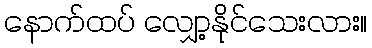
နောက်ထပ် လျှော့နိုင်သေးလား။